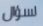
لسؤال